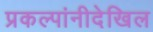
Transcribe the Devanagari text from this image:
प्रकल्पांनीदेखिल